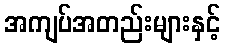
အကျပ်အတည်းများနှင့်